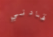
قادني